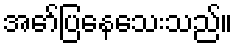
အော်ပြနေသေးသည်။